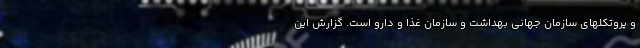
و پروتکلهای سازمان جهانی بهداشت و سازمان غذا و دارو است. گزارش این